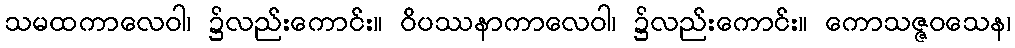
သမထကာလေဝါ၊ ၌လည်းကောင်း။ ဝိပဿနာကာလေဝါ၊ ၌လည်းကောင်း။ ကောသဇ္ဇဝသေန၊